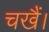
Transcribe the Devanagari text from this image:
चखैं।